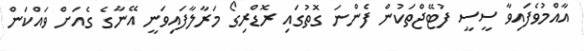
އާއްމުވެފައިވާ ސީސީ ފުޓޭޖްތަކުން ފެންނަ ގޮތުގައި ރޮޑްރިގޯ މަރާލާފައިވަނީ އޭނާގެ ގެއަށް ވައްކަން